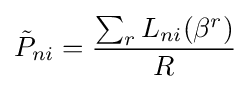
{\tilde {P}}_{ni}={\frac {\sum _{r}L_{ni}(\beta ^{r})}{R}}